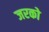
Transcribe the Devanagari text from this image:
जरको